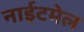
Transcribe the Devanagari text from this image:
नाईटमेल